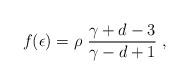
LaTeX: \begin{align*}f(\epsilon)=\rho~{{\gamma+d-3}\over {\gamma-d+1}}~,\end{align*}